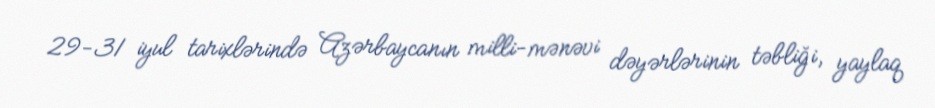
29-31 iyul tarixlərində Azərbaycanın milli-mənəvi dəyərlərinin təbliği, yaylaq